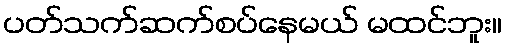
ပတ်သက်ဆက်စပ်နေမယ် မထင်ဘူး။